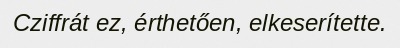
Cziffrát ez, érthetően, elkeserítette.